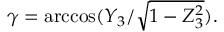
\gamma = \operatorname { a r c c o s } ( Y _ { 3 } / { \sqrt { 1 - Z _ { 3 } ^ { 2 } } } ) .